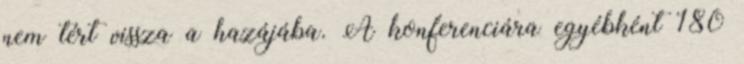
nem tért vissza a hazájába. A konferenciára egyébként 180